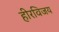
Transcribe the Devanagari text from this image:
हीरविजय